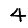
Digit: 4